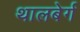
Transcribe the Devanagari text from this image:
थालबेर्ग